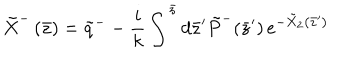
\tilde { X } ^ { - } \left( \bar { z } \right) = \tilde { q } ^ { - } - \frac i k \int ^ { \bar { z } } d \bar { z } ^ { \prime } \tilde { P } ^ { - } ( \bar { z } ^ { \prime } ) \, e ^ { - \tilde { X } _ { 2 } \left( \bar { z } ^ { \prime } \right) }